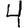
Digit: 4